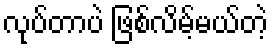
လုပ်တာပဲ ဖြစ်လိမ့်မယ်တဲ့